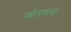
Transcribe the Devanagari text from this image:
जोडपाना